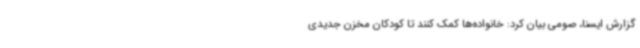
گزارش ایسنا، صومی بیان کرد: خانواده‌ها کمک کنند تا کودکان مخزن جدیدی